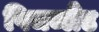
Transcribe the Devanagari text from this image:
पिचब्लैंड